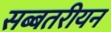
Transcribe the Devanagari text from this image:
सब्बतरीयन